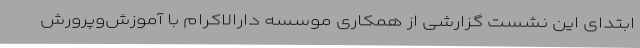
ابتدای این نشست گزارشی از همکاری موسسه دارالاکرام با آموزش‌وپرورش